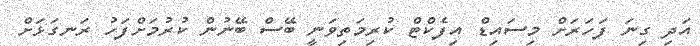
އަދި ގިނަ ފަހަރަށް މިސައިޑް އިފެކްޓް ކުރިމަތިވަނީ ބޭސް ބޭނުން ކުރުމަށްފަހު ރަނގަޅަށް